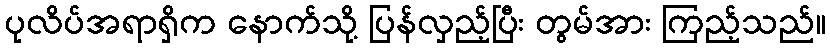
ပုလိပ်အရာရှိက နောက်သို့ ပြန်လှည့်ပြီး တွမ်အား ကြည့်သည်။